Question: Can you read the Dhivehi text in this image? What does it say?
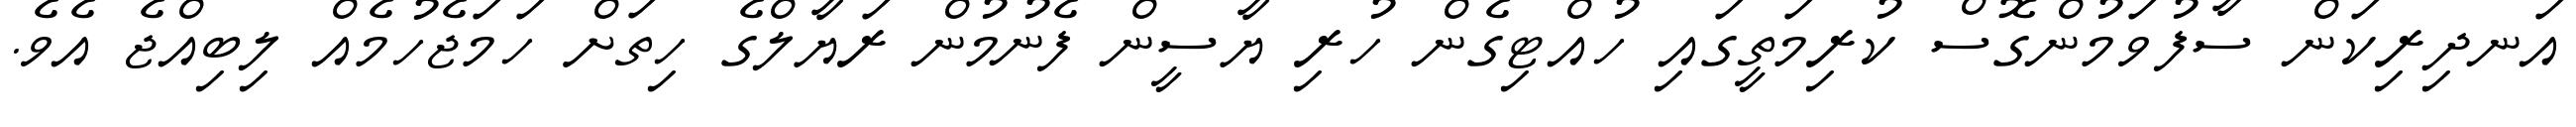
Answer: އަނދިރިކަން ސާފުވަމުންގޮސް ކުރިމަތީގައި ހުއްޓިގެން ހުރި ޔާސީން ފެނުމުން ރަޔާލްގެ ހިތަށް ހަމަޖެހުމެއް ލިބިއްޖެ އެވެ.